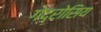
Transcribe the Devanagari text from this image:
गेद्रोसिय